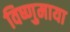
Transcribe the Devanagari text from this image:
विष्णुमाया